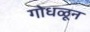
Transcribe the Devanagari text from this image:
गोधळून